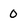
Character: 0